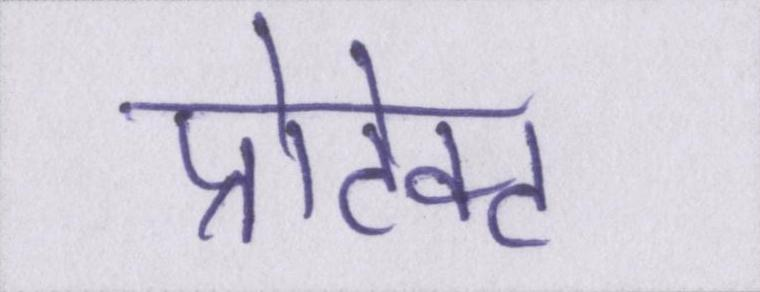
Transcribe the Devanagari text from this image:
प्रोटेक्ट